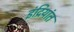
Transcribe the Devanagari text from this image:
इंद्रियांत